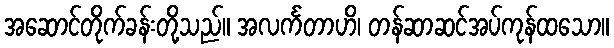
အဆောင်တိုက်ခန်းတို့သည်။ အလင်္ကတာဟိ၊ တန်ဆာဆင်အပ်ကုန်ထသော။